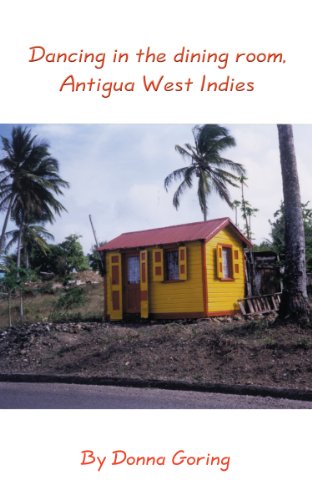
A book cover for Dancing in the dining room, Antigua West Indies; Donna Goring; Travel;